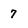
Character: 7